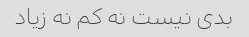
بدى نیست نه کم نه زیاد